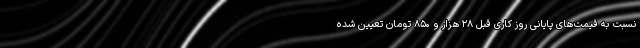
نسبت به قیمت‌های پایانی روز کاری قبل ۲۸ هزار و ۸۵۰ تومان تعیین شده